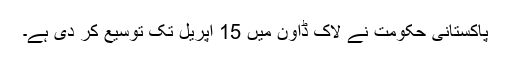
پاکستانی حکومت نے لاک ڈاؤن میں 15 اپریل تک توسیع کر دی ہے۔